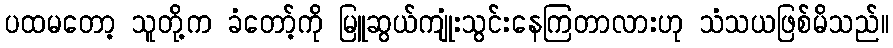
ပထမတော့ သူတို့က ခံတော့်ကို မြူဆွယ်ကျုံးသွင်းနေကြတာလားဟု သံသယဖြစ်မိသည်။